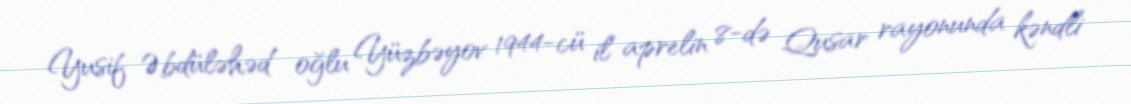
Yusif Əbdüləhəd oğlu Yüzbəyov 1944-cü il aprelin 8-də Qusar rayonunda kəndli